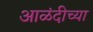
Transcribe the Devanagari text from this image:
आळंदीच्या